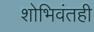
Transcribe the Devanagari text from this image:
शोभिवंतही